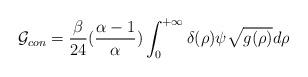
LaTeX: \begin{align*}{\cal G}_{con}={\beta \over 24} ({\alpha-1 \over \alpha})\int_{0}^{+\infty}\delta ( \rho) \psi \sqrt{g(\rho)} d \rho\end{align*}